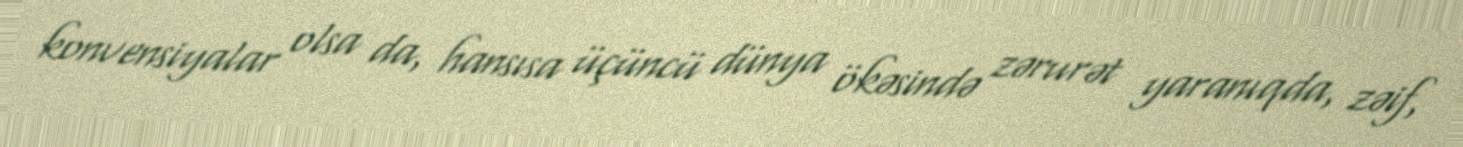
konvensiyalar olsa da, hansısa üçüncü dünya ökəsində zərurət yaranıqda, zəif,